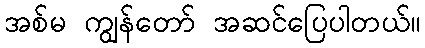
အစ်မ ကျွန်တော် အဆင်ပြေပါတယ်။